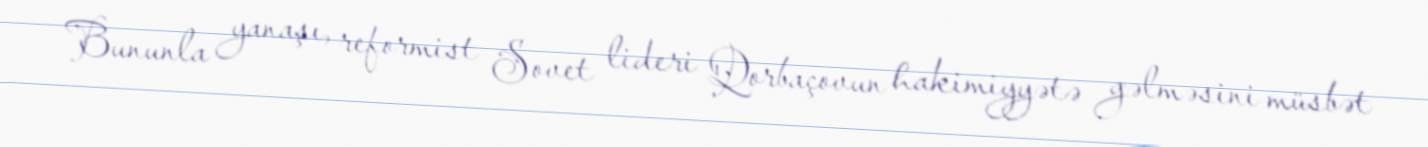
Bununla yanaşı, reformist Sovet lideri Qorbaçovun hakimiyyətə gəlməsini müsbət